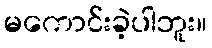
မကောင်းခဲ့ပါဘူး။